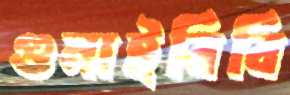
গুনাইবিবি